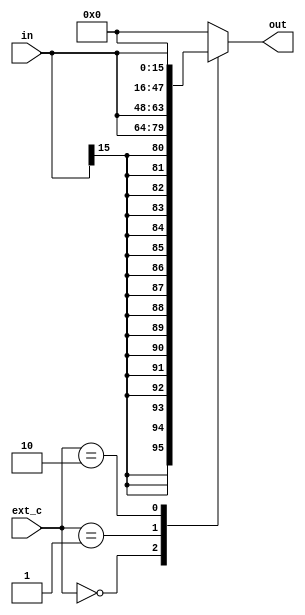
module sign_ext
	#(parameter SIZE = 16)
	(
	input wire [1:0]	ext_c,

	input wire [SIZE-1:0] 	in,
	output reg [31:0] 	out
	);
	
	always @*
		case(ext_c)
		2'b00:
			out = {{SIZE{in[SIZE-1]}}, in};
		2'b01:
			out = {in,{32-SIZE{1'b0}}};
		2'b10:
			out = {{32-SIZE{1'b0}}, in};
		default:
			out = 32'b0;
		
	endcase
endmodule